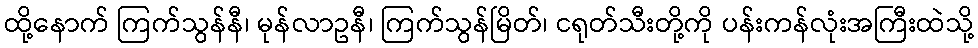
ထို့နောက် ကြက်သွန်နီ၊ မုန်လာဥနီ၊ ကြက်သွန်မြိတ်၊ ငရုတ်သီးတို့ကို ပန်းကန်လုံးအကြီးထဲသို့